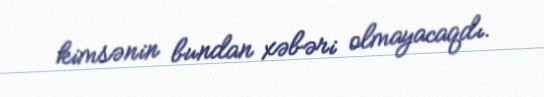
kimsənin bundan xəbəri olmayacaqdı.